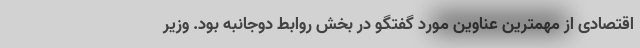
اقتصادی از مهمترین عناوین مورد گفتگو در بخش روابط دوجانبه بود. وزیر